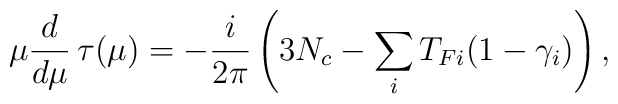
\mu {d \over d \mu}  \, \tau(\mu)   = - { i \over 2 \pi}  \left(3 N_c -  \sum_i T_{Fi} (1- \gamma_i) \right),